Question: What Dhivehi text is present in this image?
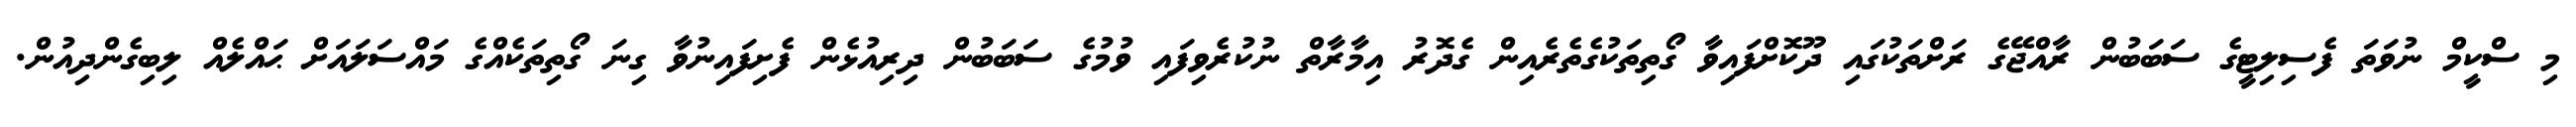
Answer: މި ސްކީމް ނުވަތަ ފެސިލިޓީގެ ސަބަބުން ރާއްޖޭގެ ރަށްތަކުގައި ދޫކޮށްފައިވާ ގޯތިތަކުގެތެރެއިން ގެދޮރު އިމާރާތް ނުކުރެވިފައި ވުމުގެ ސަބަބުން ދިރިއުޅެން ފެށިފައިނުވާ ގިނަ ގޯތިތަކެއްގެ މައްސަލައަށް ޙައްލެއް ލިބިގެންދިއުން.